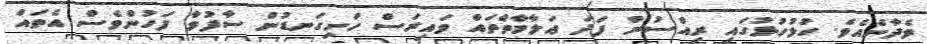
ވެދާނެއެވެ. ހުޅުހުޅުގައި ރިއްސުން ފަދަ ޢަލާމާތްތައް ވައިރަސް ހަށިގަނޑުން ސާފުވާ ފަހުންވެސް އެތައް